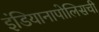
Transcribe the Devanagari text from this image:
इंडियानापोलिसची